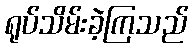
ရုပ်သိမ်းခဲ့ကြသည်